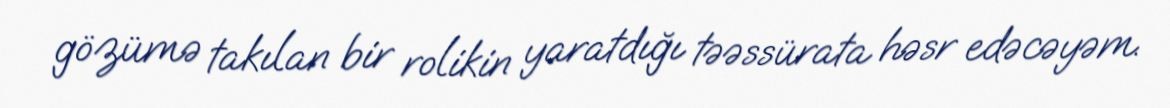
gözümə takılan bir rolikin yaratdığı təəssürata həsr edəcəyəm.